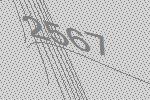
2567